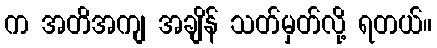
က အတိအကျ အချိန် သတ်မှတ်လို့ ရတယ်။